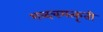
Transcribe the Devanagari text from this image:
शब्दचमत्कृती